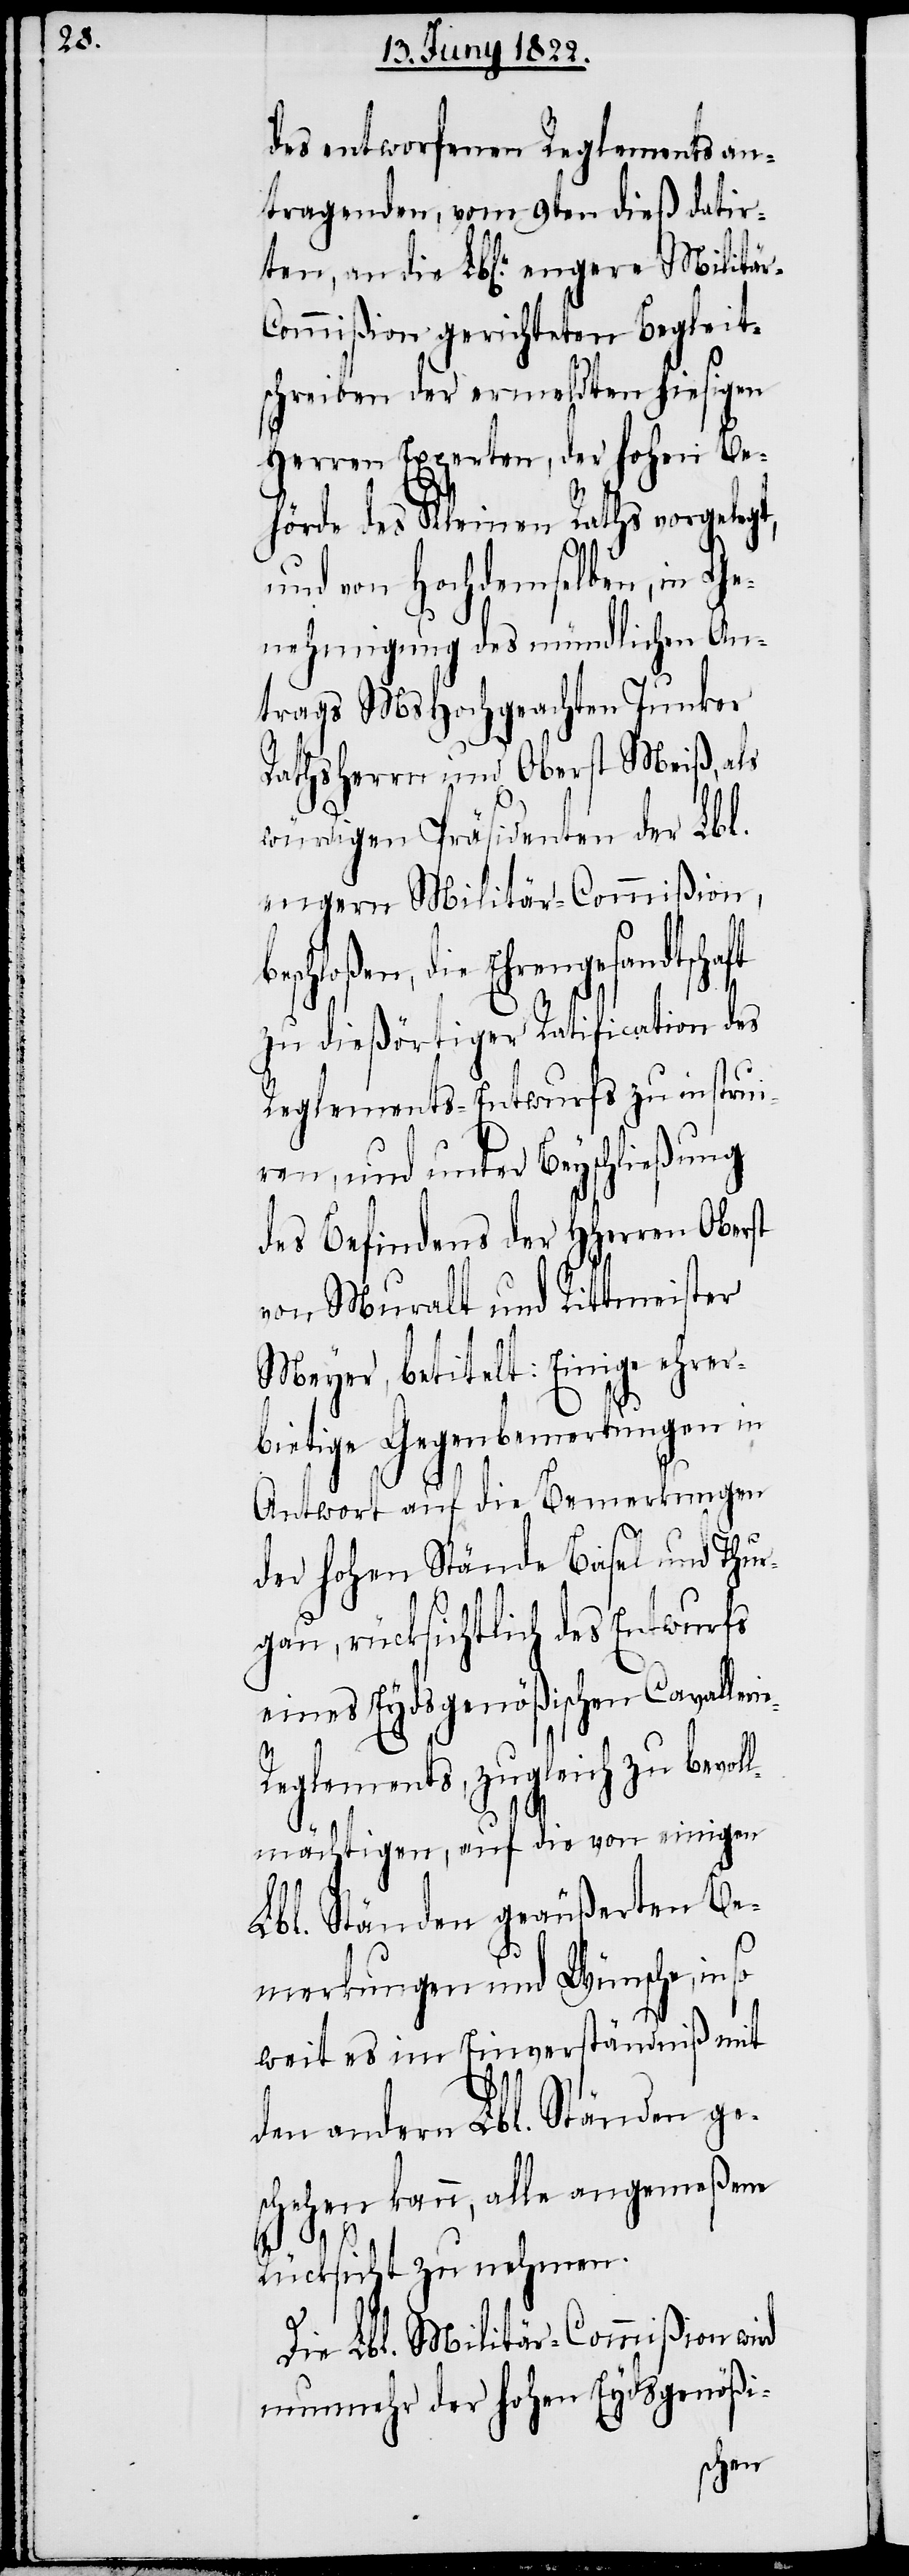
des entworfenen Reglements an¬
tragenden, vom 9ten dieß datir¬
ten, an die Lbl. engere Militär-C¬
ommißion gerichteten Begleit¬
schreiben der ermeldten hiesigen
Herren Experten, der Hohen Be¬
hörde des Kleinen Raths vorgelegt,
und von Hochdemselben, in Ge¬
nehmigung des mündlichen An¬
trags MsHochgeachten Junker
Rathsherr und Oberst Meiß, als
würdigen Präsidenten der Lbl.
engern Militär-Commißion,
beschloßen, die Ehrengesandtschaft
zu dießörtiger Ratification des
Reglements-Entwurfs zu instrui¬
ren, und unter Beyschließung
des Befindens der HHerren Oberst
von Muralt und Rittmeister
Meyer, betitelt: Einige ehrer¬
bietige Gegenbemerkungen in
Antwort auf die Bemerkungen
der Hohen Stände Basel und Thur¬
gau, rücksichtlich des Entwurfs
eines Eydsgenößischen Cavalleri¬
e-Reglements, zugleich zu bevoll¬
mächtigen, auf die von einigen
Lbl. Ständen geäußerten Be¬
merkungen und Wünsche, in
weit es im Einverständniß mit
den andern Lbl. Ständen ge¬
schehen kann, alle angemeße
Rücksicht zu nehmen.
Die Lbl. Militär-Commißion wird
nunmehr der Hohen Eydsgenößi-